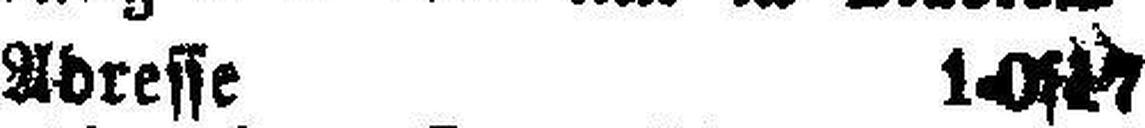
Adress 1-0s17